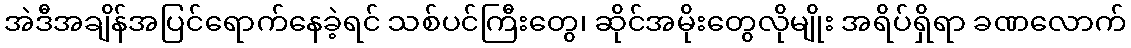
အဲဒီအချိန်အပြင်ရောက်နေခဲ့ရင် သစ်ပင်ကြီးတွေ၊ ဆိုင်အမိုးတွေလိုမျိုး အရိပ်ရှိရာ ခဏလောက်